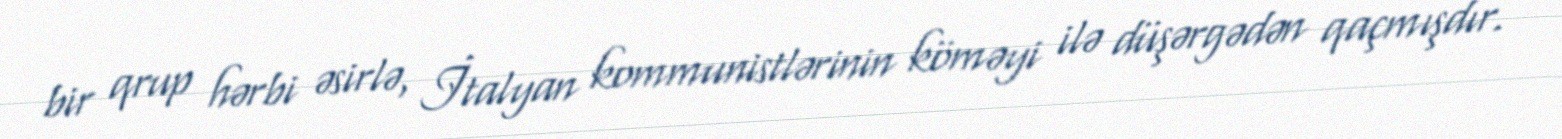
bir qrup hərbi əsirlə, İtalyan kommunistlərinin köməyi ilə düşərgədən qaçmışdır.